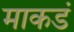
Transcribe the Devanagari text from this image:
माकडं